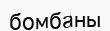
бомбаны